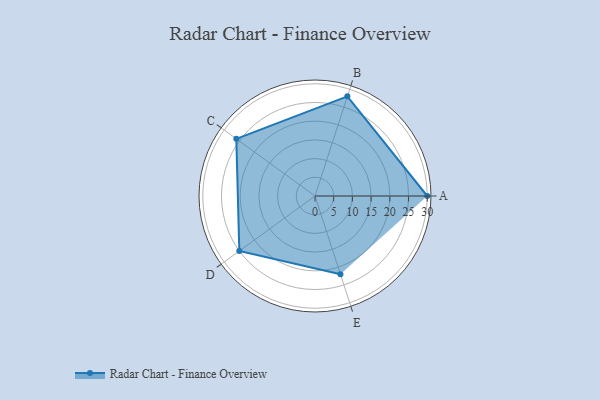
{"axis": {"x": "Skill", "y": "Score"}, "legend": ["Profile"], "data": [{"x": "A", "y": 30.0, "type": "Profile"}, {"x": "B", "y": 28.0, "type": "Profile"}, {"x": "C", "y": 26.0, "type": "Profile"}, {"x": "D", "y": 25.0, "type": "Profile"}, {"x": "E", "y": 22.0, "type": "Profile"}]}